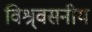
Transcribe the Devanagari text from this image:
विश्र्वसनीय